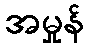
အမှုန်